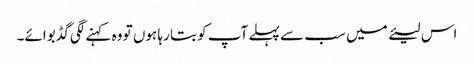
اس لیئے میں سب سے پہلے آپ کو بتا رہا ہوں تو وہ کہنے لگی گڈ بوائے۔